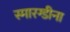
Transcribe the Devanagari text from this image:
स्मारग्डीना